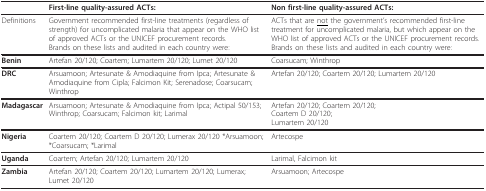
<table><thead><tr><td></td><td><b>First-line quality-assured ACTs:</b></td><td><b>Non first-line quality-assured ACTs:</b></td></tr></thead><tbody><tr><td>Definitions</td><td>Government recommended first-line treatments (regardless of strength) for uncomplicated malaria that appear on the WHO list of approved ACTs or the UNICEF procurement records.Brands on these lists and audited in each country were:</td><td>ACTs that are <underline>not</underline> the government&#x27;s recommended first-line treatment for uncomplicated malaria, but which appear on the WHO list of approved ACTs or the UNICEF procurement records.Brands on these lists and audited in each country were:</td></tr><tr><td><b>Benin</b></td><td>Artefan 20/120; Coartem; Lumartem 20/120; Lumet 20/120</td><td>Coarsucam; Winthrop</td></tr><tr><td><b>DRC</b></td><td>Arsuamoon; Artesunate &amp; Amodiaquine from Ipca; Artesunate &amp; Amodiaquine from Cipla; Falcimon Kit; Serenadose; Coarsucam; Winthrop</td><td>Artefan 20/120; Coartem 20/120; Lumartem 20/120</td></tr><tr><td><b>Madagascar</b></td><td>Arsuamoon; Artesunate &amp; Amodiaquine from Ipca; Actipal 50/153; Winthrop; Coarsucam; Falcimon kit; Larimal</td><td>Artefan 20/120; Coartem 20/120;Coartem D 20/120;Lumartem 20/120</td></tr><tr><td><b>Nigeria</b></td><td>Coartem 20/120; Coartem D 20/120; Lumerax 20/120 *Arsuamoon; *Coarsucam; *Larimal</td><td>Artecospe</td></tr><tr><td><b>Uganda</b></td><td>Coartem; Artefan 20/120; Lumartem 20/120</td><td>Larimal, Falcimon kit</td></tr><tr><td><b>Zambia</b></td><td>Artefan 20/120; Coartem 20/120; Lumartem 20/120; Lumerax; Lumet 20/120</td><td>Arsuamoon; Artecospe</td></tr></tbody></table>